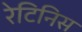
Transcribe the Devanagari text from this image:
रेटिनिस